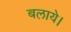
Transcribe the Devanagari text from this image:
बलाये।